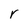
Character: r